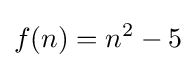
f(n)=n^{2}-5